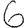
Digit: 6